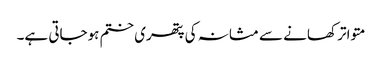
متواتر کھانے سے مثانہ کی پتھری ختم ہوجاتی ہے۔